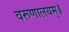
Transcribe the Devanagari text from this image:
वरूणालयम्॥